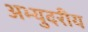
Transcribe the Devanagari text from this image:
अभ्युदरीय